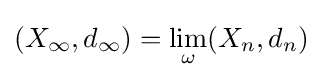
(X_{\infty },d_{\infty })=\lim _{\omega }(X_{n},d_{n})